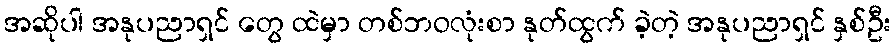
အဆိုပါ အနုပညာရှင် တွေ ထဲမှာ တစ်ဘဝလုံးစာ နုတ်ထွက် ခဲ့တဲ့ အနုပညာရှင် နှစ်ဦး